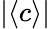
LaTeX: |\langle c\rangle|